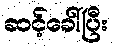
ဆင့်ခေါ်ပြီး